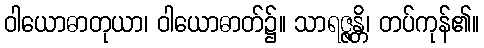
ဝါယောဓာတုယာ၊ ဝါယောဓာတ်၌။ သာရဇ္ဇန္တိ၊ တပ်ကုန်၏။